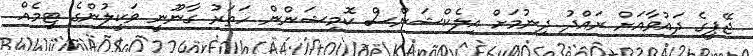
ޖޭޕީގެ ދައުވާއަށް ރައްދު ދިނުމަށް އިލެކްޝަންސް ކޮމިޝަންން ހަތަރު ގާނޫނީ ވަކީލުންގެ ޓީމެއް